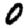
Digit: 0